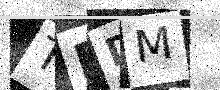
Text: TEDM